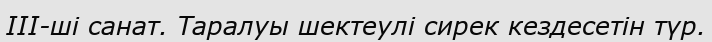
III-ші санат. Таралуы шектеулі сирек кездесетін түр.